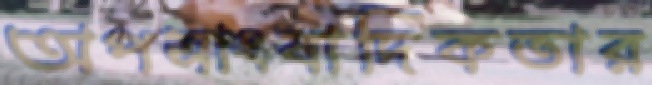
অপসাংবাদিকতার